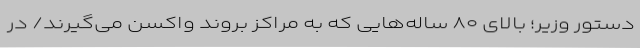
دستور وزیر؛ بالای ۸۰ ساله‌هایی که به مراکز بروند واکسن می‌گیرند/ در